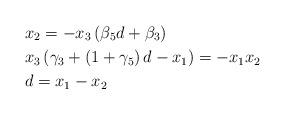
LaTeX: \begin{align*} & x_{2}=-x_{3}\left(\beta_{5}d+\beta_{3}\right)\\ & x_{3}\left(\gamma_{3}+\left(1+\gamma_{5}\right)d-x_{1}\right)=-x_{1}x_{2}\\ & d=x_{1}-x_{2}\end{align*}